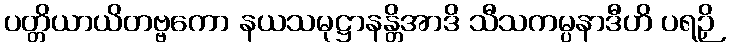
ပတ္တိယာယိတဗ္ဗကော နယသမုဋ္ဌာနန္တိအာဒိ သီသကမ္ပနာဒီဟိ ပရဉှိ